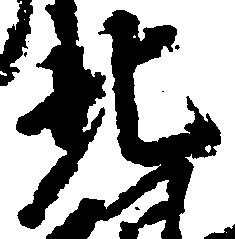
北